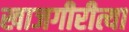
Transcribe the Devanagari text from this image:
खाजगीरीत्या